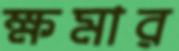
ক্ষমার